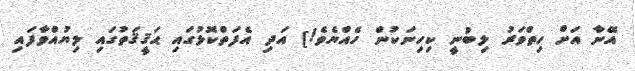
އޭނާ އަށް ހިތްވަރު ލިބުނީ ކިހިނަކުން ހެއްޔެވެ!] އަދި އެފަތްކޮޅުގައި ޙަޤީޤަތުގައި ލިޔުއްވާފައި